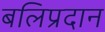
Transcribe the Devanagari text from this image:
बलिप्रदान